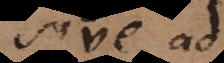
sive ad